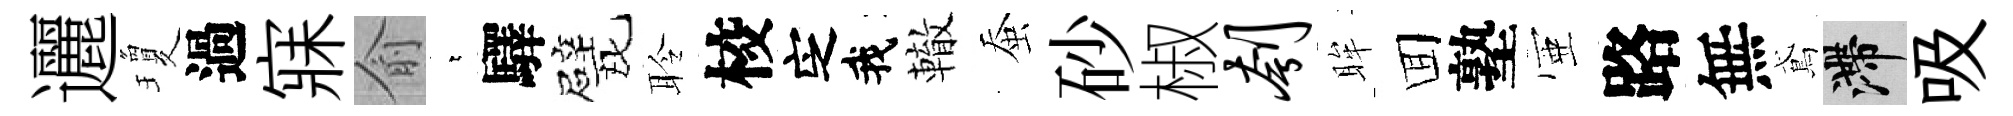
邐瓊過寐俞萋驛戏聆校㝎我轍蚕砂椒刳眸囬塾壺路無鳶滯吸